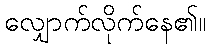
လျှောက်လိုက်နေ၏။